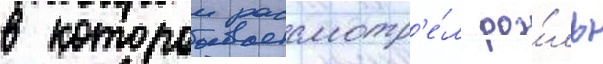
в которои рассмотр'е́л ро́ль